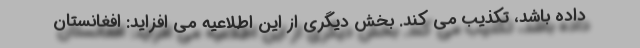
داده باشد، تکذیب می کند. بخش دیگری از این اطلاعیه می افزاید: افغانستان